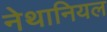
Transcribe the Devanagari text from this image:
नेथानियल